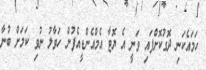
ހަމައެކަނި ދޮގުކޮށްފައި ވަނީ އެ ޔޮޓާ އެމްއެންޑީއެފުން ހަވާލު ނުވި ކަމަށް ބުނާ